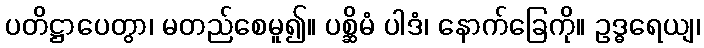
ပတိဋ္ဌာပေတွာ၊ မတည်စေမူ၍။ ပစ္ဆိမံ ပါဒံ၊ နောက်ခြေကို။ ဥဒ္ဓရေယျ၊